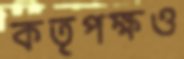
কতৃপক্ষও